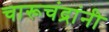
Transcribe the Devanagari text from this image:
चारूचंद्रांनी